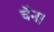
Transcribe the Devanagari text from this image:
चैन।